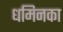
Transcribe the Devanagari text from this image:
धमिनका